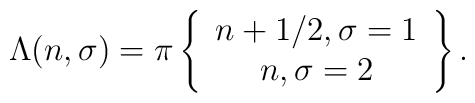
\Lambda(n, \sigma) = \pi \left\{ \begin{array}{c}                        n + 1/2, \sigma =1 \\                         n, \sigma =2                             \end{array} \right\} .